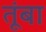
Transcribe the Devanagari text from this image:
तूंबा